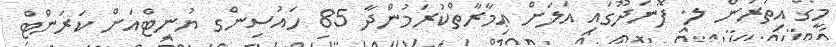
މީގެ އިތުރުން ލ. ފޮނަދޫގައި އަލަށް ޢިމާރާތްކުރަމުންދާ 85 ހައުސިންގ ޔުނިޓްއަށް ކަރަންޓް